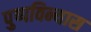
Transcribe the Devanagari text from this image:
पुष्पविन्यास